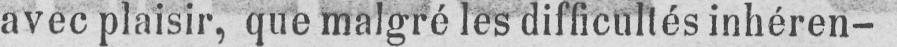
avec plaisir, que malgré les difficultés inhéren-